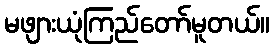
မဖျားယုံကြည်တော်မူတယ်။